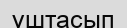
ұштасып